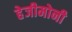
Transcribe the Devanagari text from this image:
हेजीमोनी